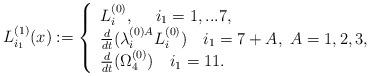
LaTeX: \begin{align*}L_{i_1}^{(1)}(x):=\left\{\begin{array}{lll}L_i^{(0)},~~~\ i_1=1,...7,\\\frac{d}{dt}(\lambda^{(0) A}_iL^{(0)}_i)~~~i_1 = 7 +A ,~A=1,2,3, \\\frac{d}{dt} ( \Omega_4^{(0)} ) ~~~i_1 = 11.\end{array}\right.\end{align*}